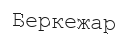
Беркежар